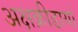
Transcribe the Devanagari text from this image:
अक्षक्रीडायां